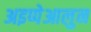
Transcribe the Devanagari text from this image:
अइप्पेआलुन